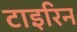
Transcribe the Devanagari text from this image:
टाइरिन